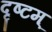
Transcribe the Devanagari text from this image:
दृष्टम्